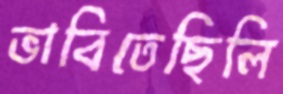
ভাবিতেছিলি